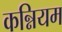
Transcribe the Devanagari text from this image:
कन्नियम